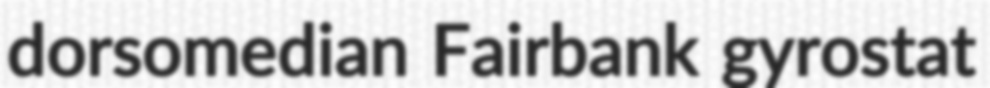
dorsomedian Fairbank gyrostat